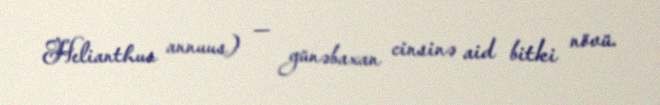
Helianthus annuus) — günəbaxan cinsinə aid bitki növü.